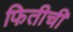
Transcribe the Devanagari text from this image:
फितीची